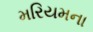
મરિયમના